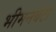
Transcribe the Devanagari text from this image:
भीमनबेटा